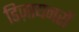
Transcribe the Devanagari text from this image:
डिज़ायनरों